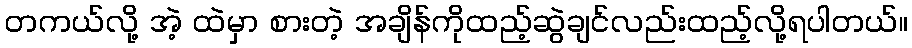
တကယ်လို့ အဲ့ ထဲမှာ စားတဲ့ အချိန်ကိုထည့်ဆွဲချင်လည်းထည့်လို့ရပါတယ်။